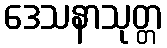
ဒေသနာသုတ္တ